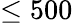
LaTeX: \leq 500